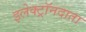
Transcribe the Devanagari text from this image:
इलेक्ट्रॉनदाता